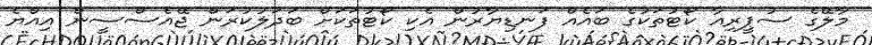
މާލޭގެ ސުޕީރިއާ ކޯޓުތަކުގެ ބައެއް ފަނޑިޔާރުން އެކި ކޯޓުތަކަށް ބަދަލުކުރަން ޖޭއެސްސީން އިއްޔެ